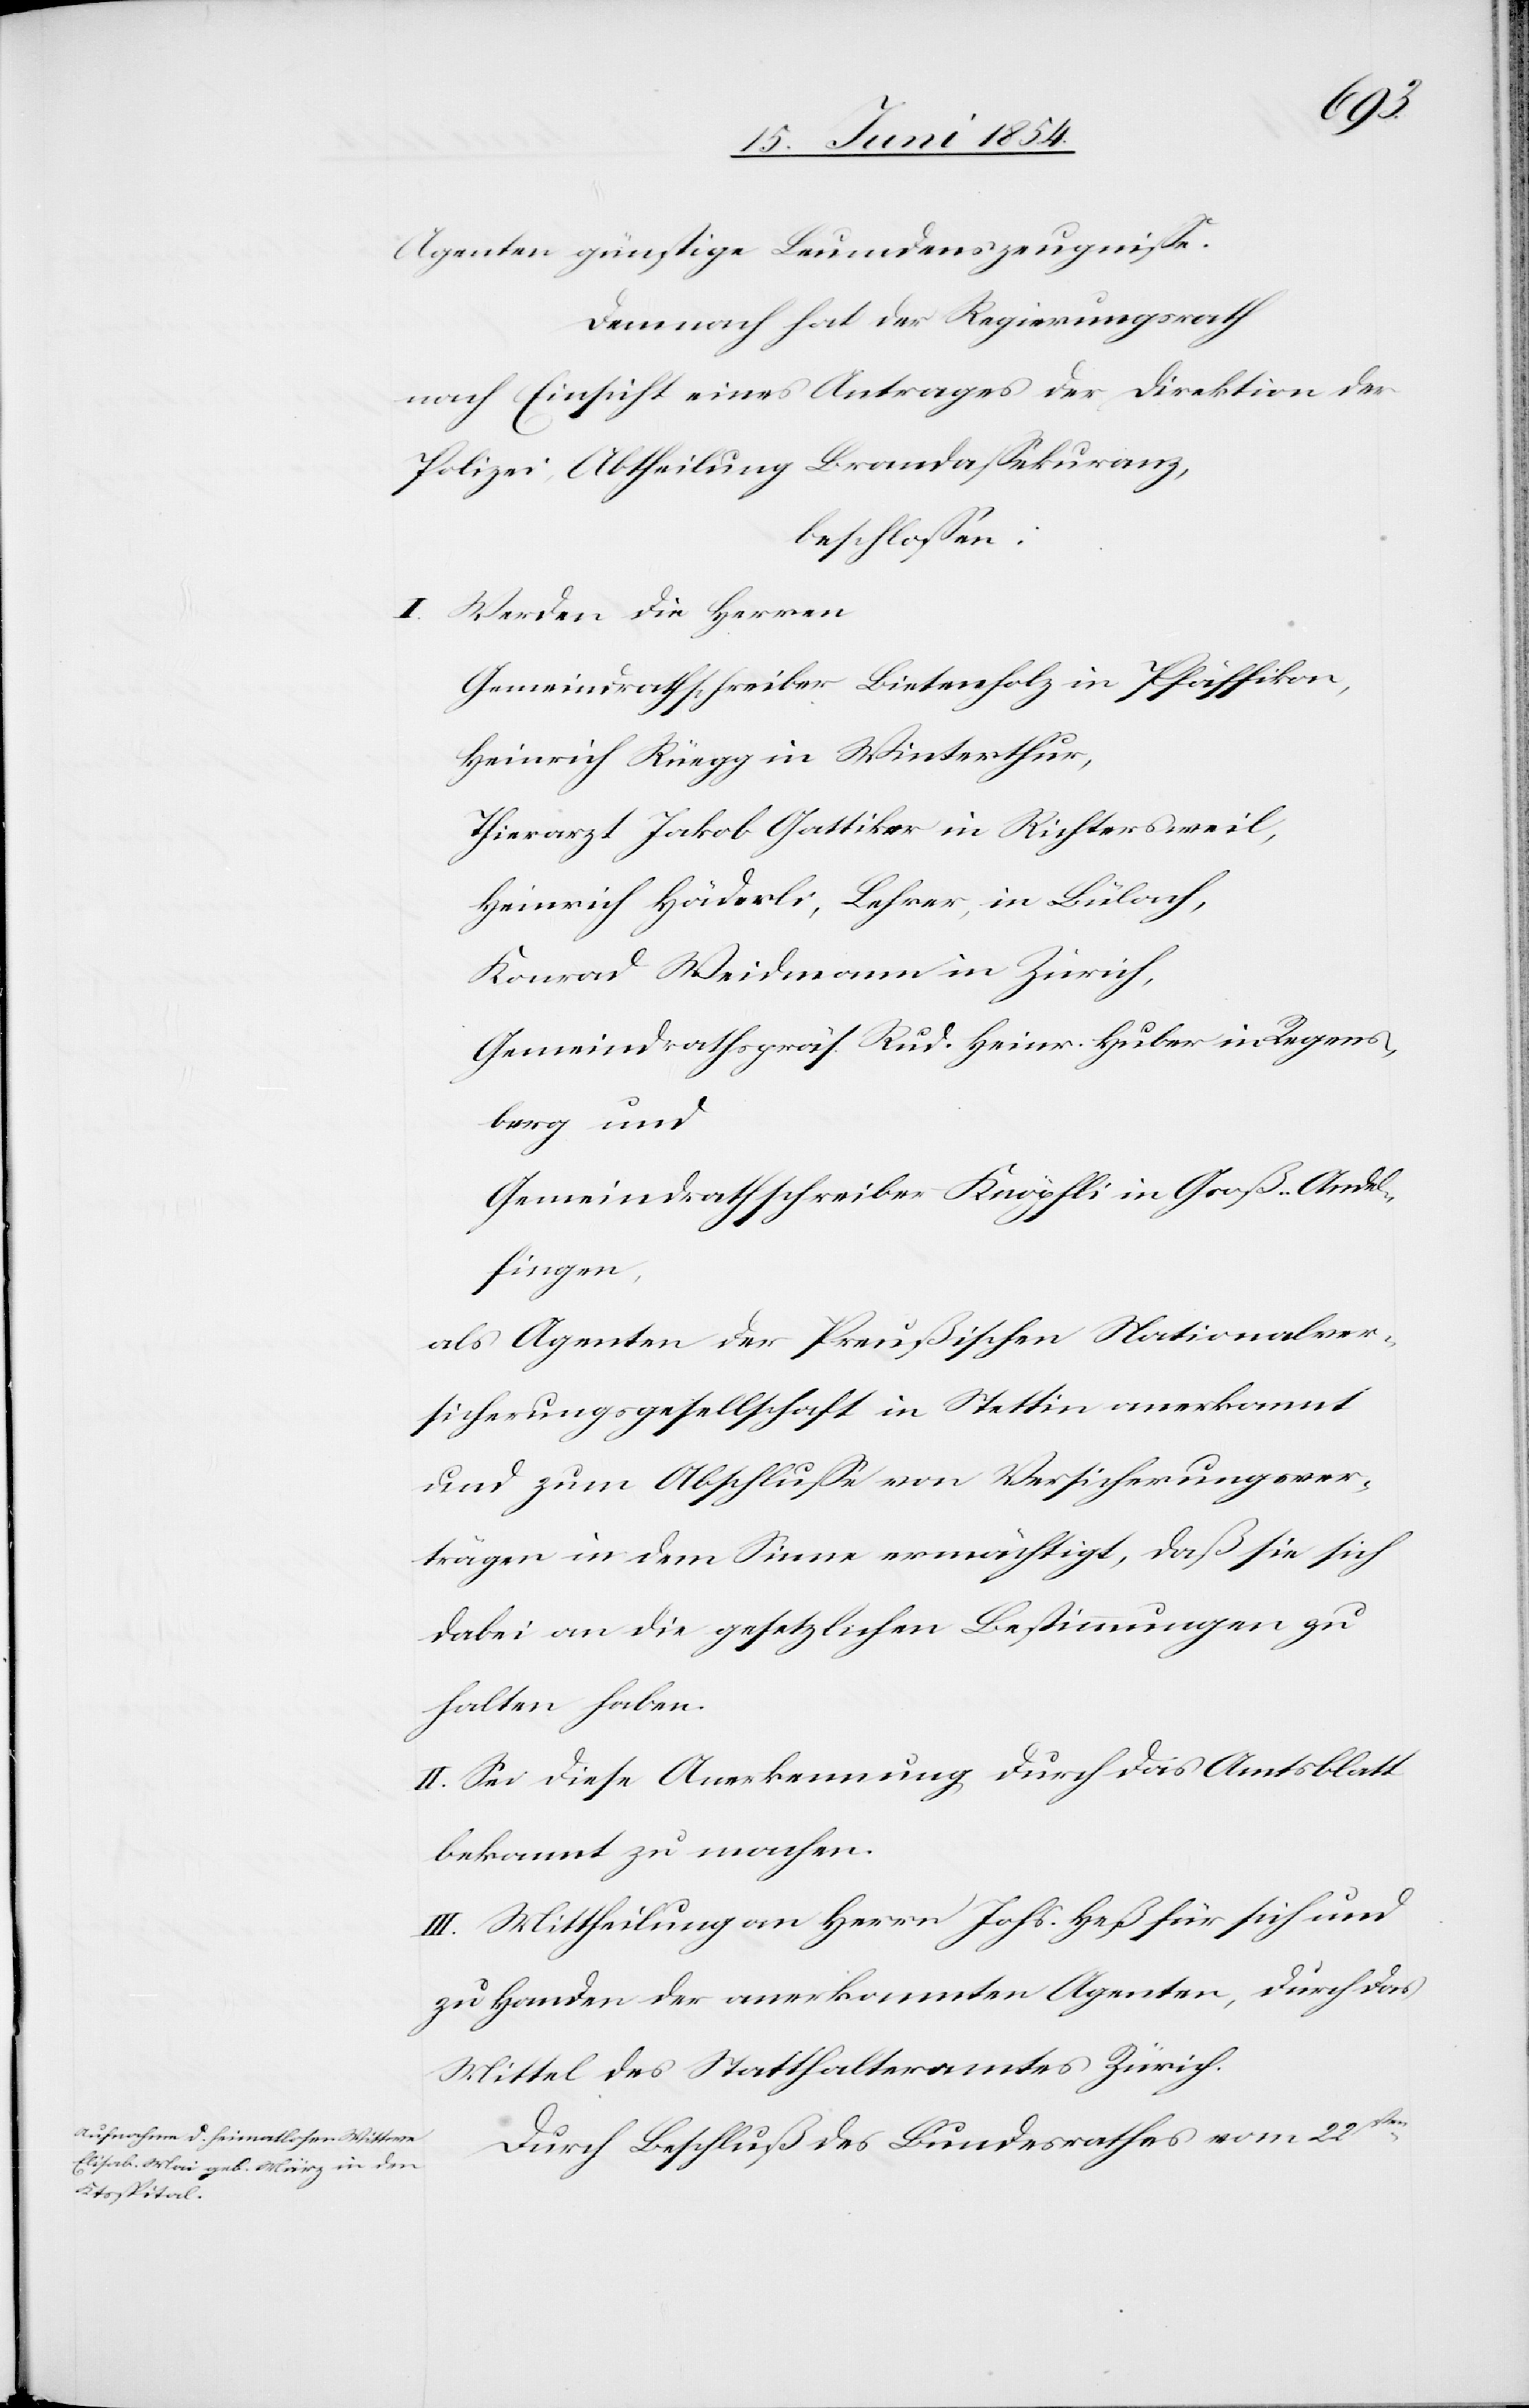
berg,
Agenten günstige Leumundszeugniße.
Demnach hat der Regierungsrath
nach Einsicht eines Antrages der Direktion der
Polizei, Abtheilung Brandaßekuranz,
beschloßen:
I. Werden die Herren
Gemeindrathschreiber Bietenholz in Pfäffikon,
Heinrich Rüegg in Winterthur,
Thierarzt Jakob Gattiker in Richtersweil,
Heinrich Häderli, Lehrer, in Bülach,
Konrad Weidmann in Zürich,
Gemeindrathspräs. Rud. Heinr. Huber in Regens¬
Gemeindrathschreiber Knöpfli in Groß-Andel¬
fingen,
als Agenten der Preußischen Nationalver¬
sicherungsgesellschaft in Stettin anerkannt
und zum Abschluße von Versicherungsver¬
trägen in dem Sinne ermächtigt, daß sie sich
dabei an die gesetzlichen Bestimmungen zu
halten haben.
II. Sei diese Anerkennung durch das Amtsblatt
bekannt zu machen.
III. Mittheilung an Herrn Johs. Heß für sich und
zu Handen der anerkannten Agenten, durch das
Mittel des Statthalteramtes Zürich.
Durch Beschluß des Bundesrathes vom 22sten